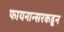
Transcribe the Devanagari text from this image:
फायनान्सरकडून